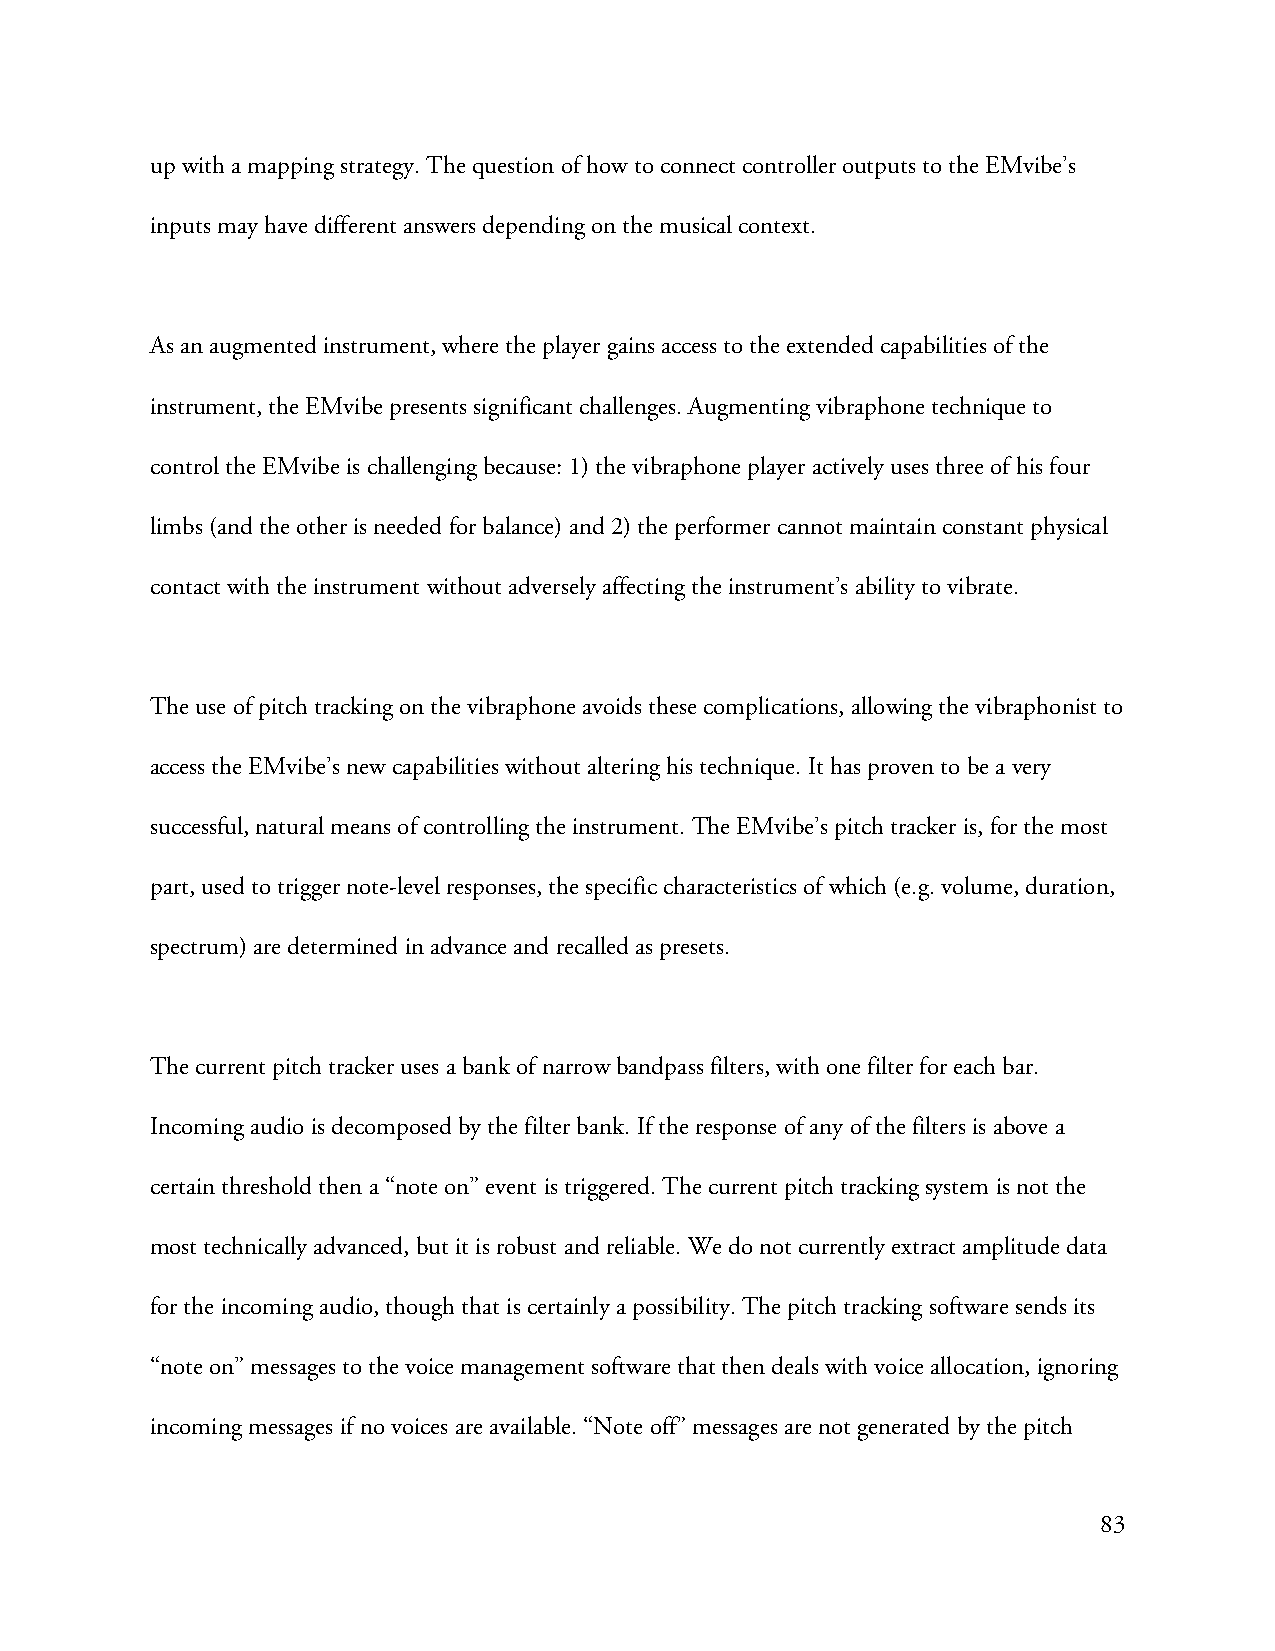
up with a mapping strategy. The question of how to connect controller outputs to the EMvibe’s
 inputs may have different answers depending on the musical context.
 As an augmented instrument, where the player gains access to the extended capabilities of the
 instrument, the EMvibe presents significant challenges. Augmenting vibraphone technique to
 control the EMvibe is challenging because: 1) the vibraphone player actively uses three of his four
 limbs (and the other is needed for balance) and 2) the performer cannot maintain constant physical
 contact with the instrument without adversely affecting the instrument’s ability to vibrate.
 The use of pitch tracking on the vibraphone avoids these complications, allowing the vibraphonist to
 access the EMvibe’s new capabilities without altering his technique. It has proven to be a very
 successful, natural means of controlling the instrument. The EMvibe’s pitch tracker is, for the most
 part, used to trigger note-level responses, the specific characteristics of which (e.g. volume, duration,
 spectrum) are determined in advance and recalled as presets.
 The current pitch tracker uses a bank of narrow bandpass filters, with one filter for each bar.
 Incoming audio is decomposed by the filter bank. If the response of any of the filters is above a
 certain threshold then a “note on” event is triggered. The current pitch tracking system is not the
 most technically advanced, but it is robust and reliable. We do not currently extract amplitude data
 for the incoming audio, though that is certainly a possibility. The pitch tracking software sends its
 “note on” messages to the voice management software that then deals with voice allocation, ignoring
 incoming messages if no voices are available. “Note off” messages are not generated by the pitch
 83